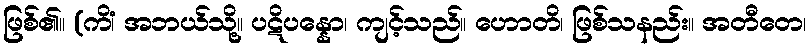
ဖြစ်၏။ (ကိံ၊ အဘယ်သို့။ ပဋိပန္နော၊ ကျင့်သည်။ ဟောတိ၊ ဖြစ်သနည်း။ အတီတေ၊